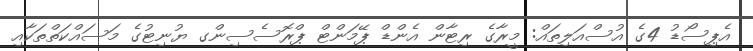
އެޕިސޯޑު 4ގެ އުސްއަލިތައް: މީރާގެ ރިޓާން އެންޑް ޕޭމަންޓް ޕްރޮސެސިންގ ޔުނިޓުގެ މަސައްކަތްތަކާއި